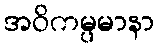
အဝိကမ္ပမာနာ